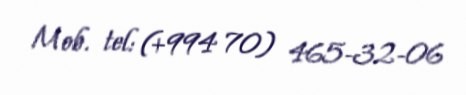
Mob. tel: (+994 70) 465-32-06